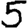
Digit: 5